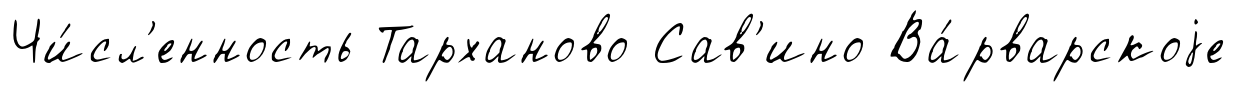
Чи́сл'енность Тарханово Сав'ино Ва́рварскоjе